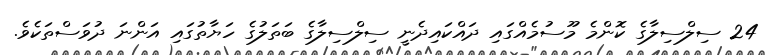
24 ސިލްސިލާގެ ކޮންމެ މޫސުމެއްގައި ދައްކައިދެނީ ސިލްސިލާގެ ބަތަލުގެ ހަޔާތުގައި އަންނަ ދުވަސްތަކެވެ.